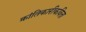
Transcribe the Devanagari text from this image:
क्रांतिकारीकविता